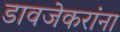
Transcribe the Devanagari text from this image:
डावजेकरांना